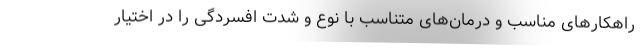
راهکارهای مناسب و درمان‌های متناسب با نوع و شدت افسردگی را در اختیار